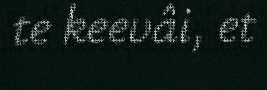
te keevâi, et